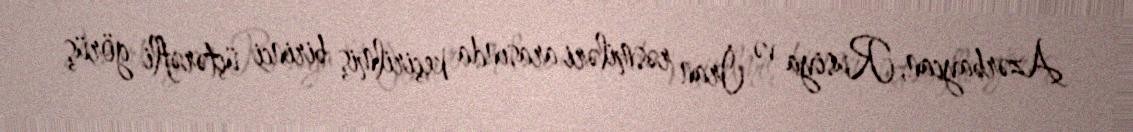
Azərbaycan, Rusiya və İran rəsmiləri arasında keçirilmiş birinci üçtərəfli görüş